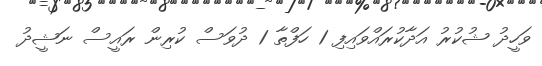
ވަހީދު ޝުކުރު އަދާކުރައްވައިފި 1 ހަފްތާ 1 ދުވަސް ކުރިން ރައީސް ނަޝީދު